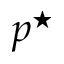
p ^ { \star }